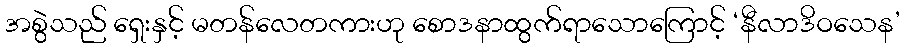
အစွဲသည် ရှေးနှင့် မတန်လေတကားဟု စောဒနာထွက်ရာသောကြောင့် ‘နီလာဒိဝသေန’